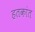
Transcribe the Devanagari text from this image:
हतकांत